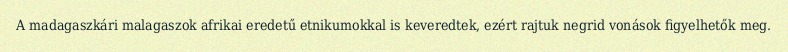
A madagaszkári malagaszok afrikai eredetű etnikumokkal is keveredtek, ezért rajtuk negrid vonások figyelhetők meg.